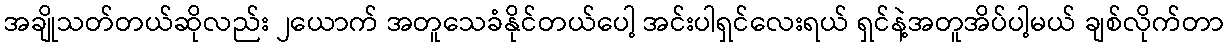
အချိုသတ်တယ်ဆိုလည်း ၂ယောက် အတူသေခံနိုင်တယ်ပေါ့ အင်းပါရှင်လေးရယ် ရှင်နဲ့အတူအိပ်ပါ့မယ် ချစ်လိုက်တာ